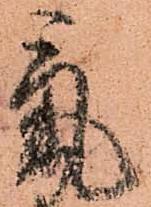
氣